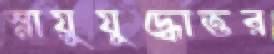
স্নায়ুযুদ্ধোত্তর